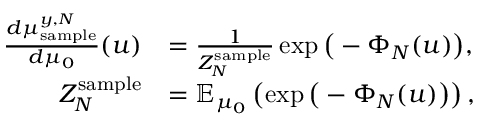
\begin{array} { r l } { \frac { d \mu _ { \mathrm { s a m p l e } } ^ { y , N } } { d \mu _ { 0 } } ( u ) } & { = \frac { 1 } { Z _ { N } ^ { \mathrm { s a m p l e } } } \exp \big ( - \Phi _ { N } ( u ) \big ) , } \\ { Z _ { N } ^ { \mathrm { s a m p l e } } } & { = \mathbb { E } _ { \mu _ { 0 } } \left( \exp \big ( - \Phi _ { N } ( u ) \big ) \right) , } \end{array}